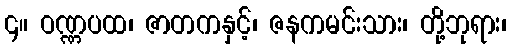
၄။ ဝဏ္ဏပထ၊ ဇာတကနှင့်၊ ဇနကမင်းသား၊ တို့ဘုရား၊